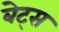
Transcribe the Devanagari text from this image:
बेट्‌स